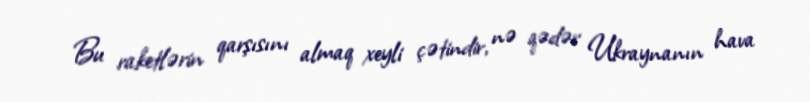
Bu raketlərin qarşısını almaq xeyli çətindir, nə qədər Ukraynanın hava